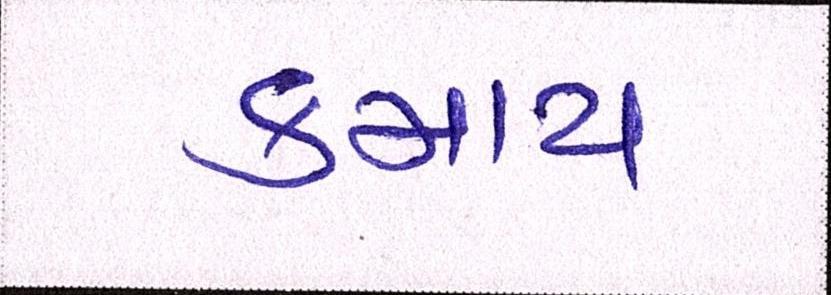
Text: કમાય